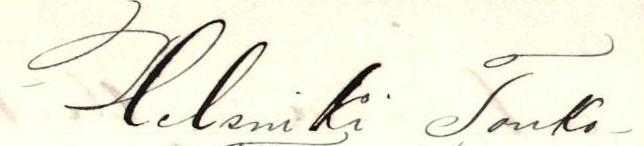
Helsinki Touko-